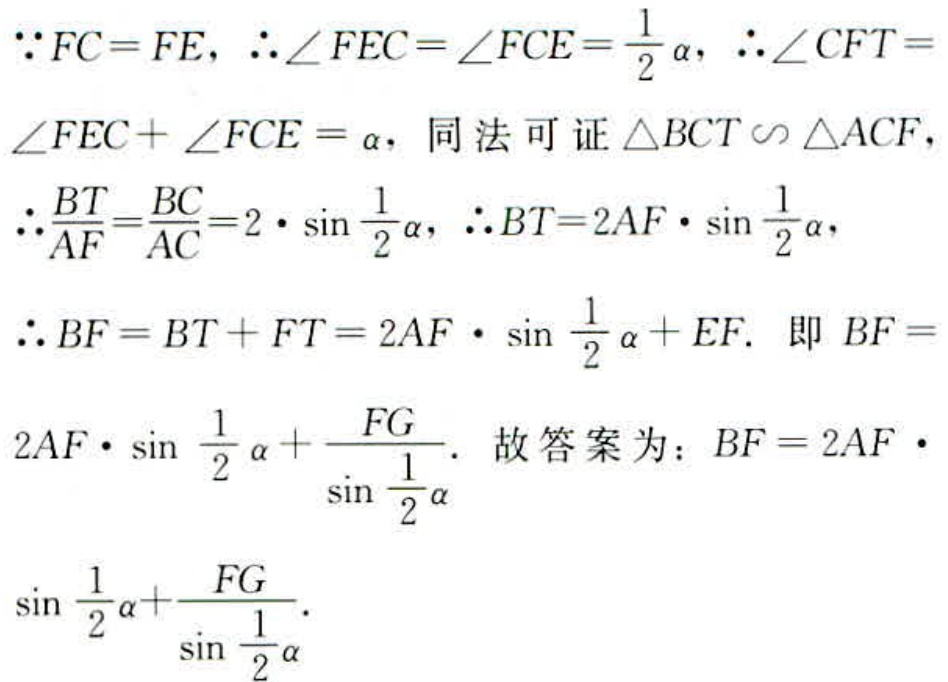
\(\because FC = FE, \therefore \angle FEC=\angle FCE=\frac{1}{2}\alpha, \therefore \angle CFT = \angle FEC+\angle FCE=\alpha\), 同法可证\(\triangle BCT\sim\triangle ACF\),
\(\therefore \frac{BT}{AF}=\frac{BC}{AC}=2\cdot\sin\frac{1}{2}\alpha, \therefore BT = 2AF\cdot\sin\frac{1}{2}\alpha\),
\(\therefore BF=BT + FT=2AF\cdot\sin\frac{1}{2}\alpha+EF\). 即\(BF = 2AF\cdot\sin\frac{1}{2}\alpha+\frac{FG}{\sin\frac{1}{2}\alpha}\). 故答案为：\(BF = 2AF\cdot\sin\frac{1}{2}\alpha+\frac{FG}{\sin\frac{1}{2}\alpha}\).